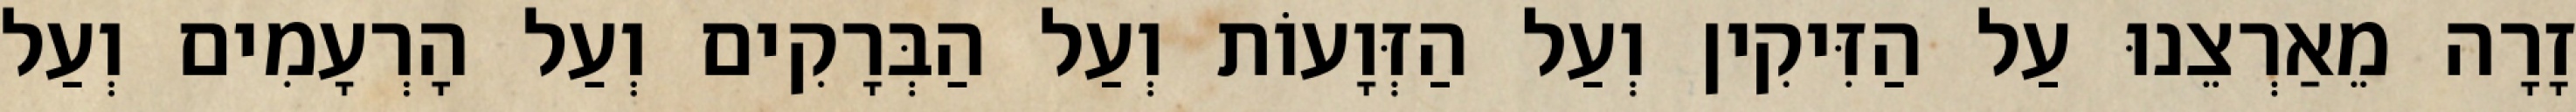
זָרָה מֵאַרְצֵנוּ עַל הַזִּיקִין וְעַל הַזְּוָעוֹת וְעַל הַבְּרָקִים וְעַל הָרְעָמִים וְעַל